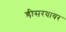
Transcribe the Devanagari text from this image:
डीसरवायर